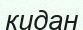
кидан